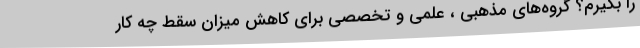
را بگیرم؟ گروه‌های مذهبی ، علمی و تخصصی برای کاهش میزان سقط چه کار